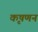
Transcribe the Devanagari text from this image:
कृषणन